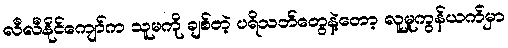
လီလီနိုင်ကျော်က သူမကို ချစ်တဲ့ ပရိသတ်တွေနဲ့တော့ လူမှုကွန်ယက်မှာ